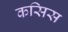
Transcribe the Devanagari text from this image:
कसिस